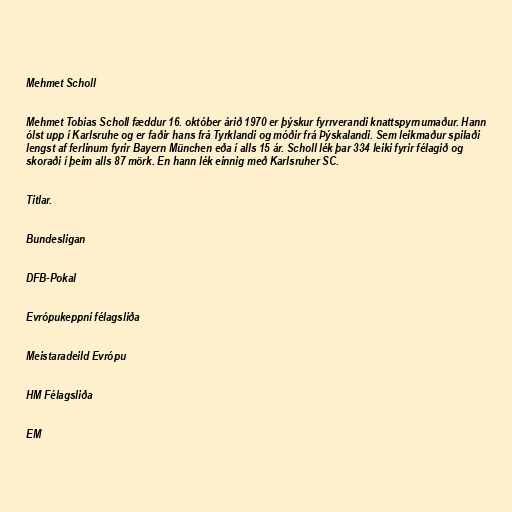
Mehmet Scholl

Mehmet Tobias Scholl fæddur 16. október árið 1970 er þýskur fyrrverandi knattspyrnumaður. Hann
ólst upp í Karlsruhe og er faðir hans frá Tyrklandi og móðir frá Þýskalandi. Sem leikmaður spilaði
lengst af ferlinum fyrir Bayern München eða í alls 15 ár. Scholl lék þar 334 leiki fyrir félagið og
skoraði í þeim alls 87 mörk. En hann lék einnig með Karlsruher SC.

Titlar.

Bundesligan

DFB-Pokal

Evrópukeppni félagsliða

Meistaradeild Evrópu

HM Félagsliða

EM